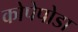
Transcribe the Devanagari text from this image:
कोपेपोडा